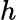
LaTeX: \displaystyle h